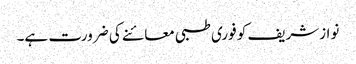
نوازشریف کو فوری طبی معائنے کی ضرورت ہے۔